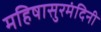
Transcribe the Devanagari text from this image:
महिषासुरमंदिनी